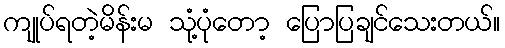
ကျုပ်ရတဲ့မိန်းမ သုံ့ပုံတော့ ပြောပြချင်သေးတယ်။